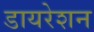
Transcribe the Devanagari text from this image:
डायरेशन